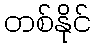
တစ်နိုင်